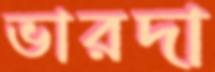
ভারদা